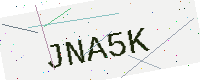
Text: JNA5K